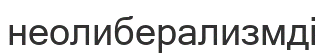
неолиберализмді